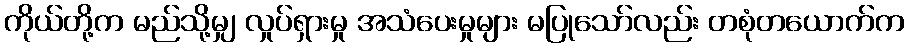
ကိုယ်တို့က မည်သို့မျှ လှုပ်ရှားမှု အသံပေးမှုများ မပြုသော်လည်း တစုံတယောက်က